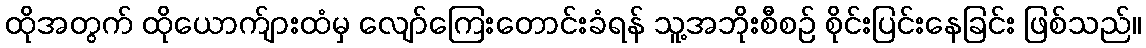
ထိုအတွက် ထိုယောက်ျားထံမှ လျော်ကြေးတောင်းခံရန် သူ့အဘိုးစီစဉ် စိုင်းပြင်းနေခြင်း ဖြစ်သည်။